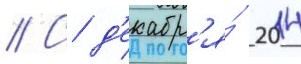
// С д'екабр'я́ 2014